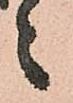
々